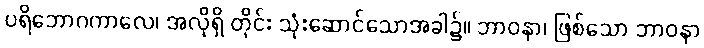
ပရိဘောဂကာလေ၊ အလိုရှိ တိုင်း သုံးဆောင်သောအခါ၌။ ဘာဝနာ၊ ဖြစ်သော ဘာဝနာ